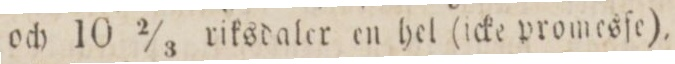
och 10 ⅔ riksdaler en hel (icke promesſe).